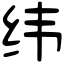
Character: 纬